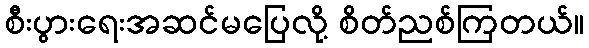
စီးပွားရေးအဆင်မပြေလို့ စိတ်ညစ်ကြတယ်။